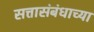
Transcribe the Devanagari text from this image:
सत्तासंबंधाच्या